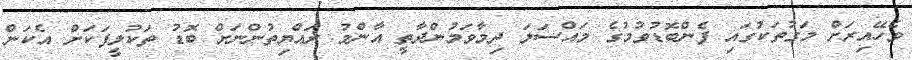
ވެހޭއިރަށް މަގުތަކުގައި ފެންބޮޑުވުމުގެ މައްސަލަ ދިމާވަމުންދާތީ އާންމު ރައްޔިތުންނަށް ބޮޑު ތަކުލީފަކަށް އެކަން